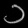
Digit: ၁